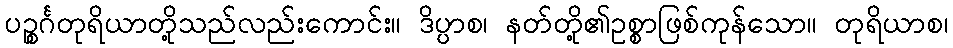
ပဉ္စင်္ဂတုရိယာတို့သည်လည်းကောင်း။ ဒိပ္ပာစ၊ နတ်တို့၏ဥစ္စာဖြစ်ကုန်သော။ တုရိယာစ၊